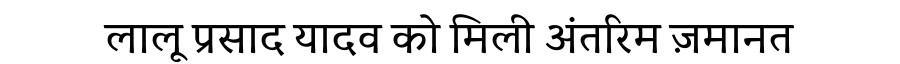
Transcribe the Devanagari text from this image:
लालू प्रसाद यादव को मिली अंतरिम ज़मानत